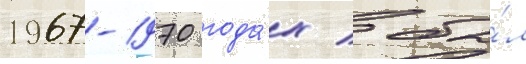
1967-1970 года́х / бы́л